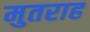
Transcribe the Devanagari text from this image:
मुतराह